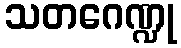
သတဂေဏ္ဍု